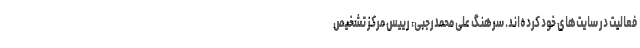
فعالیت در سایت‌های خود کرده‌اند. سرهنگ علی محمدرجبی، رییس مرکز تشخیص